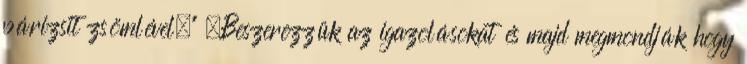
párizsit zsömlével.” „Beszerezzük az igazolásokat és majd megmondják hogy